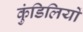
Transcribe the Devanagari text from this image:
कुंडिलियों